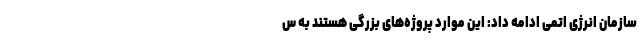
سازمان انرژی اتمی ادامه داد: این موارد پروژه‌های بزرگی هستند به س